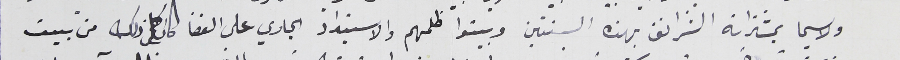
ولا سيما بمشتراته الشرانق بهذه السنتين وبينوا ظلمهم والاسبتداد الجاري على القضا كان كل ذلك من بيت